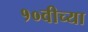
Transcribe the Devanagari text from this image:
१०वीच्या